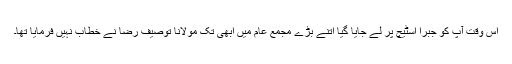
اس وقت آپ کو جبراً اسٹیچ پر لے جایا گیا اتنے بڑے مجمع عام میں ابھی تک مولانا توصیف رضا نے خطاب نہیں فرمایا تھا۔